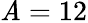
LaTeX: \mathit{A}=12